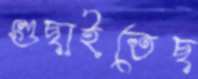
গুছাইতেছ